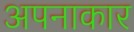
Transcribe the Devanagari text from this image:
अपनाकार